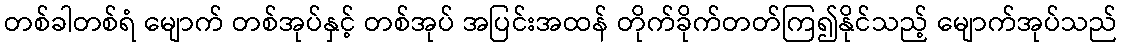
တစ်ခါတစ်ရံ မျောက် တစ်အုပ်နှင့် တစ်အုပ် အပြင်းအထန် တိုက်ခိုက်တတ်ကြ၍နိုင်သည့် မျောက်အုပ်သည်